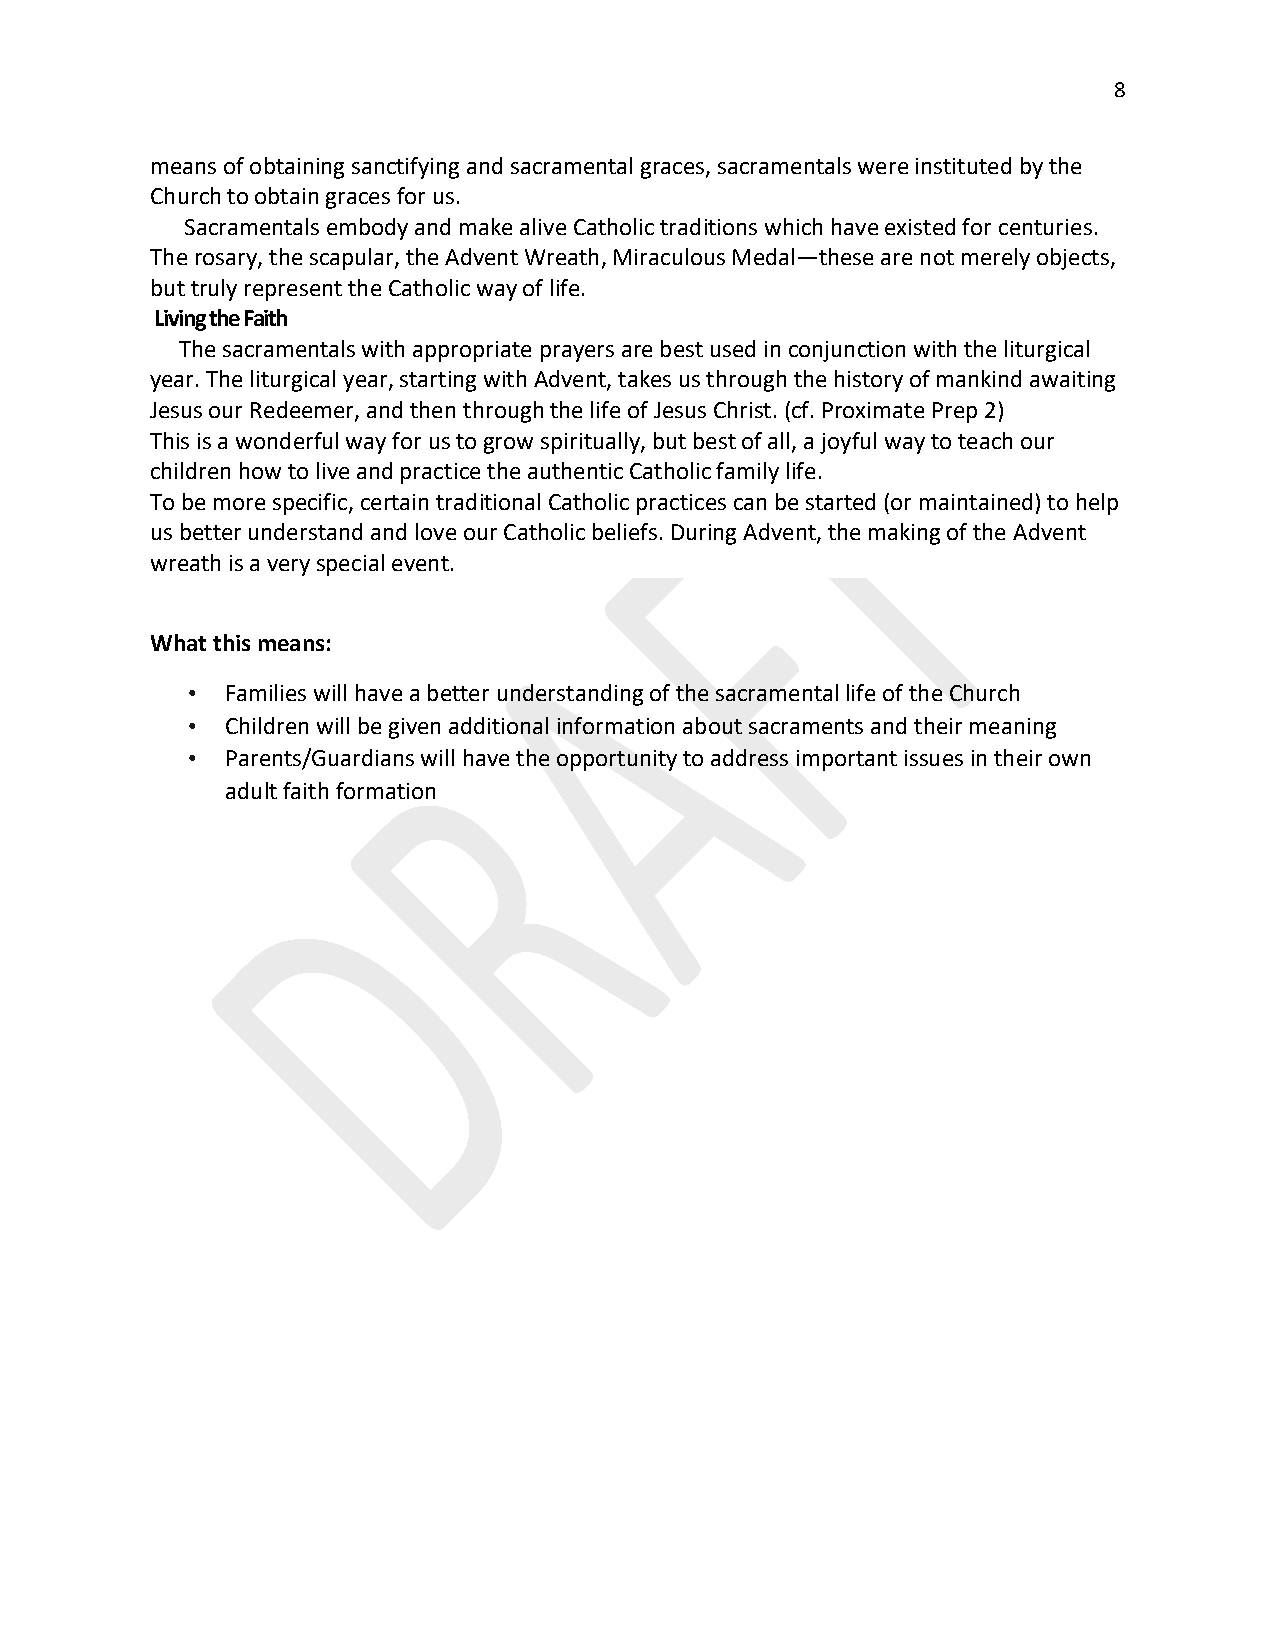
8
 means of obtaining sanctifying and sacramental graces, sacramentals were instituted by the
 Church to obtain graces for us.
 Sacramentals embody and make alive Catholic traditions which have existed for centuries.
 The rosary, the scapular, the Advent Wreath, Miraculous Medal—these are not merely objects,
 but truly represent the Catholic way of life.
 Living the Faith
 The sacramentals with appropriate prayers are best used in conjunction with the liturgical
 year. The liturgical year, starting with Advent, takes us through the history of mankind awaiting
 Jesus our Redeemer, and then through the life of Jesus Christ. (cf. Proximate Prep 2)
 This is a wonderful way for us to grow spiritually, but best of all, a joyful way to teach our
 children how to live and practice the authentic Catholic family life.
 To be more specific, certain traditional Catholic practices can be started (or maintained) to help
 us better understand and love our Catholic beliefs. During Advent, the making of the Advent
 wreath is a very special event.
 What this means:
 •  Families will have a better understanding of the sacramental life of the Church
 •  Children will be given additional information about sacraments and their meaning
 •  Parents/Guardians will have the opportunity to address important issues in their own
 adult faith formation